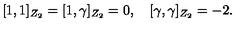
\lbrack 1 , 1 \rbrack _ { Z _ { 2 } } = \lbrack 1 , \gamma \rbrack _ { Z _ { 2 } } = 0 , \quad \lbrack \gamma , \gamma \rbrack _ { Z _ { 2 } } = - 2 .